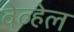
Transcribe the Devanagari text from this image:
वेव्हेल